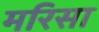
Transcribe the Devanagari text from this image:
मरिसा